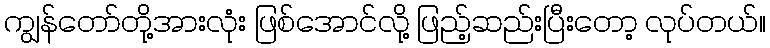
ကျွန်တော်တို့အားလုံး ဖြစ်အောင်လို့ ဖြည့်ဆည်းပြီးတော့ လုပ်တယ်။